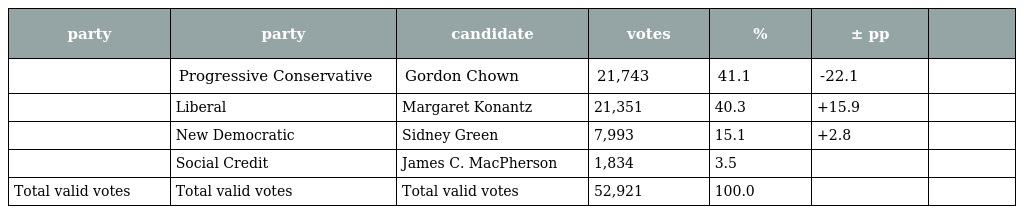
| party | party | candidate | votes | % | ± pp |  |
 | --- | --- | --- | --- | --- | --- | --- |
 |  | Progressive Conservative | Gordon Chown | 21,743 | 41.1 | -22.1 |  |
 |  | Liberal | Margaret Konantz | 21,351 | 40.3 | +15.9 |  |
 |  | New Democratic | Sidney Green | 7,993 | 15.1 | +2.8 |  |
 |  | Social Credit | James C. MacPherson | 1,834 | 3.5 |  |  |
 | Total valid votes | Total valid votes | Total valid votes | 52,921 | 100.0 |  |  |